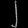
Digit: ၂